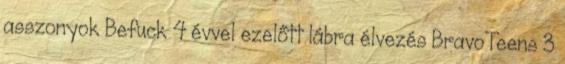
asszonyok Befuck 4 évvel ezelőtt lábra élvezés BravoTeens 3